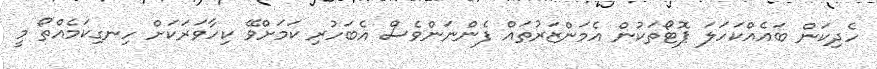
ހެދިކަން ބައެއްކަހަލަ ޕޮޓޯތަކުން އެމަންޒަރުތައް ފެންނަންވެސް އެބަހުރި ކަމަށްވޭ ކިހާވަރަކަށް ހިނގިކަމެއްތޯ މީ